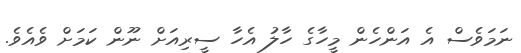
ނަމަވެސް އެ އަންހެން މީހާގެ ހާލު އެހާ ސީރިއަށް ނޫން ކަމަށް ވެއެވެ.